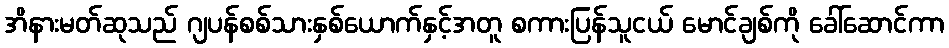
အိနားမတ်ဆုသည် ဂျပန်စစ်သားနှစ်ယောက်နှင့်အတူ စကားပြန်သူငယ် မောင်ချစ်ကို ခေါ်ဆောင်ကာ